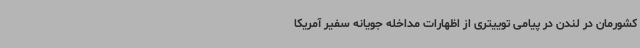
کشورمان در لندن در پیامی توییتری از اظهارات مداخله جویانه سفیر آمریکا